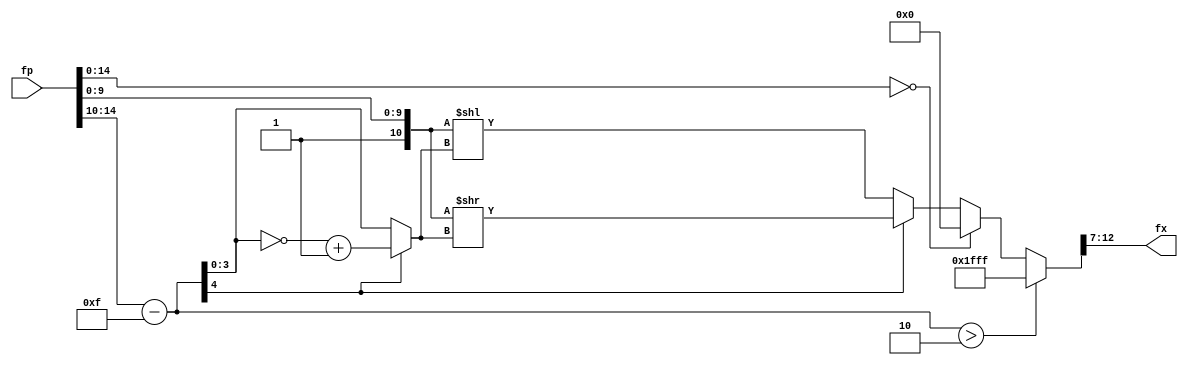
`define DEFINES_DONE
`define EXPONENT 5
`define MANTISSA 10
`define SIGN 1
`define DATAWIDTH (`SIGN+`EXPONENT+`MANTISSA)
`define IEEE_COMPLIANCE 1
`define NUM 8
`define ADDRSIZE 7
`define ADDRSIZE_FOR_TB 10
`define EXPONENT 5
`define MANTISSA 10
`define ACTUAL_MANTISSA 11
`define EXPONENT_LSB 10
`define EXPONENT_MSB 14
`define MANTISSA_LSB 0
`define MANTISSA_MSB 9
`define MANTISSA_MUL_SPLIT_LSB 3
`define MANTISSA_MUL_SPLIT_MSB 9
`define SIGN 1
`define SIGN_LOC 15
`define DWIDTH (`SIGN+`EXPONENT+`MANTISSA)
`define IEEE_COMPLIANCE 1
`define EXPONENT 5
`define MANTISSA 10
`define ACTUAL_MANTISSA 11
`define EXPONENT_LSB 10
`define EXPONENT_MSB 14
`define MANTISSA_LSB 0
`define MANTISSA_MSB 9
`define MANTISSA_MUL_SPLIT_LSB 3
`define MANTISSA_MUL_SPLIT_MSB 9
`define SIGN 1
`define SIGN_LOC 15
`define DWIDTH (`SIGN+`EXPONENT+`MANTISSA)
`define IEEE_COMPLIANCE 1
`define EXPONENT 5
`define MANTISSA 10
`define ACTUAL_MANTISSA 11
`define EXPONENT_LSB 10
`define EXPONENT_MSB 14
`define MANTISSA_LSB 0
`define MANTISSA_MSB 9
`define MANTISSA_MUL_SPLIT_LSB 3
`define MANTISSA_MUL_SPLIT_MSB 9
`define SIGN 1
`define SIGN_LOC 15
`define DWIDTH (`SIGN+`EXPONENT+`MANTISSA)
`define IEEE_COMPLIANCE 1

module fptofixed_para (
	fp,
	fx
	);
	
	parameter int_width = 3; // fixed point integer length
	parameter frac_width = 3; // fixed point fraction length

	input [15:0] fp; // Half Precision fp
	output [int_width + frac_width - 1:0] fx;  
	
	wire [15:0] Mant; // mantissa of fp
	wire [4:0] Ea; // non biased exponent
	wire [4:0] Exp; // biased exponent
	reg [15:0] sftfx; // output of shifter block
	reg [15:0] temp;
	
	assign Mant = {6'b000001, fp[9:0]};
	assign Exp = fp[14:10];
	assign Ea = Exp - 15;

	assign fx = temp[9+int_width:10-frac_width];
	

always @(sftfx)
begin
// only negetive numbers as inputs after sorting and subtraction from max
	if (Ea > int_width - 1)
		begin
			temp <= 16'hFFFF; // if there is an overflow
			
		end
	else if ( fp[14:0] == 15'b0)
		begin 
			temp <= 16'b0;
			
		end	
	else // underflow automatically becomes zero
		begin
			temp <= sftfx;
		end
end	

//DW01_ash  #(`DATAWIDTH, 5) ash( .A(Mant[15:0]), .DATA_TC(1'b0), .SH(Ea[4:0]), .SH_TC(1'b1), .B(sftfx));
reg shift_direction;
reg [3:0] shift_magnitude;
always @(*) begin
  shift_direction = Ea[4];  //if this bit is 1, that means Ea was a negative number, which means right shift. if this bit is 0, that means left shift.
  shift_magnitude = (Ea[4] ? ((~Ea[3:0]) + 1) : Ea[3:0]);  //take 2's complement to find the magnitude if negative
  sftfx = (shift_direction ? (Mant[15:0] >> shift_magnitude) : (Mant[15:0] << shift_magnitude)); //perform the actual shift
  //Mant[15:0] is unsigned, so no need to handle sign bit explicitly. zero padding is good on both direction shifts for unsigned numbers.
end

endmodule